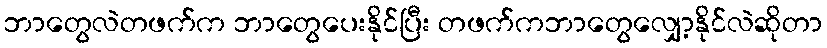
ဘာတွေလဲတဖက်က ဘာတွေပေးနိုင်ပြီး တဖက်ကဘာတွေလျှော့နိုင်လဲဆိုတာ